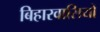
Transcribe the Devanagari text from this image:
बिहारवासियों